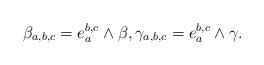
LaTeX: \begin{gather*} \beta_{a,b,c}= e_{a}^{b,c} \wedge \beta, \gamma_{a,b,c}=e_{a}^{b,c} \wedge \gamma. \end{gather*}